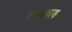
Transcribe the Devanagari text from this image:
छपरवाड़